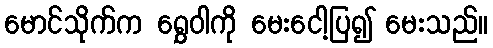
မောင်သိုက်က ရွှေဝါကို မေးငေါ့ပြ၍ မေးသည်။